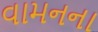
વામનના